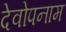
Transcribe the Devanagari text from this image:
देवोपनाम